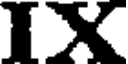
IX